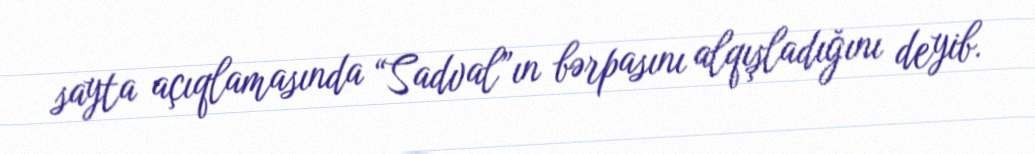
sayta açıqlamasında “Sadval”ın bərpasını alqışladığını deyib.